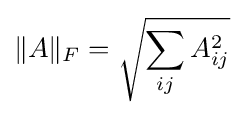
\|A\|_{F}={\sqrt {\sum _{ij}A_{ij}^{2}}}